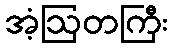
အံ့ဩတကြီး